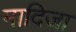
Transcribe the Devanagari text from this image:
मादिजा